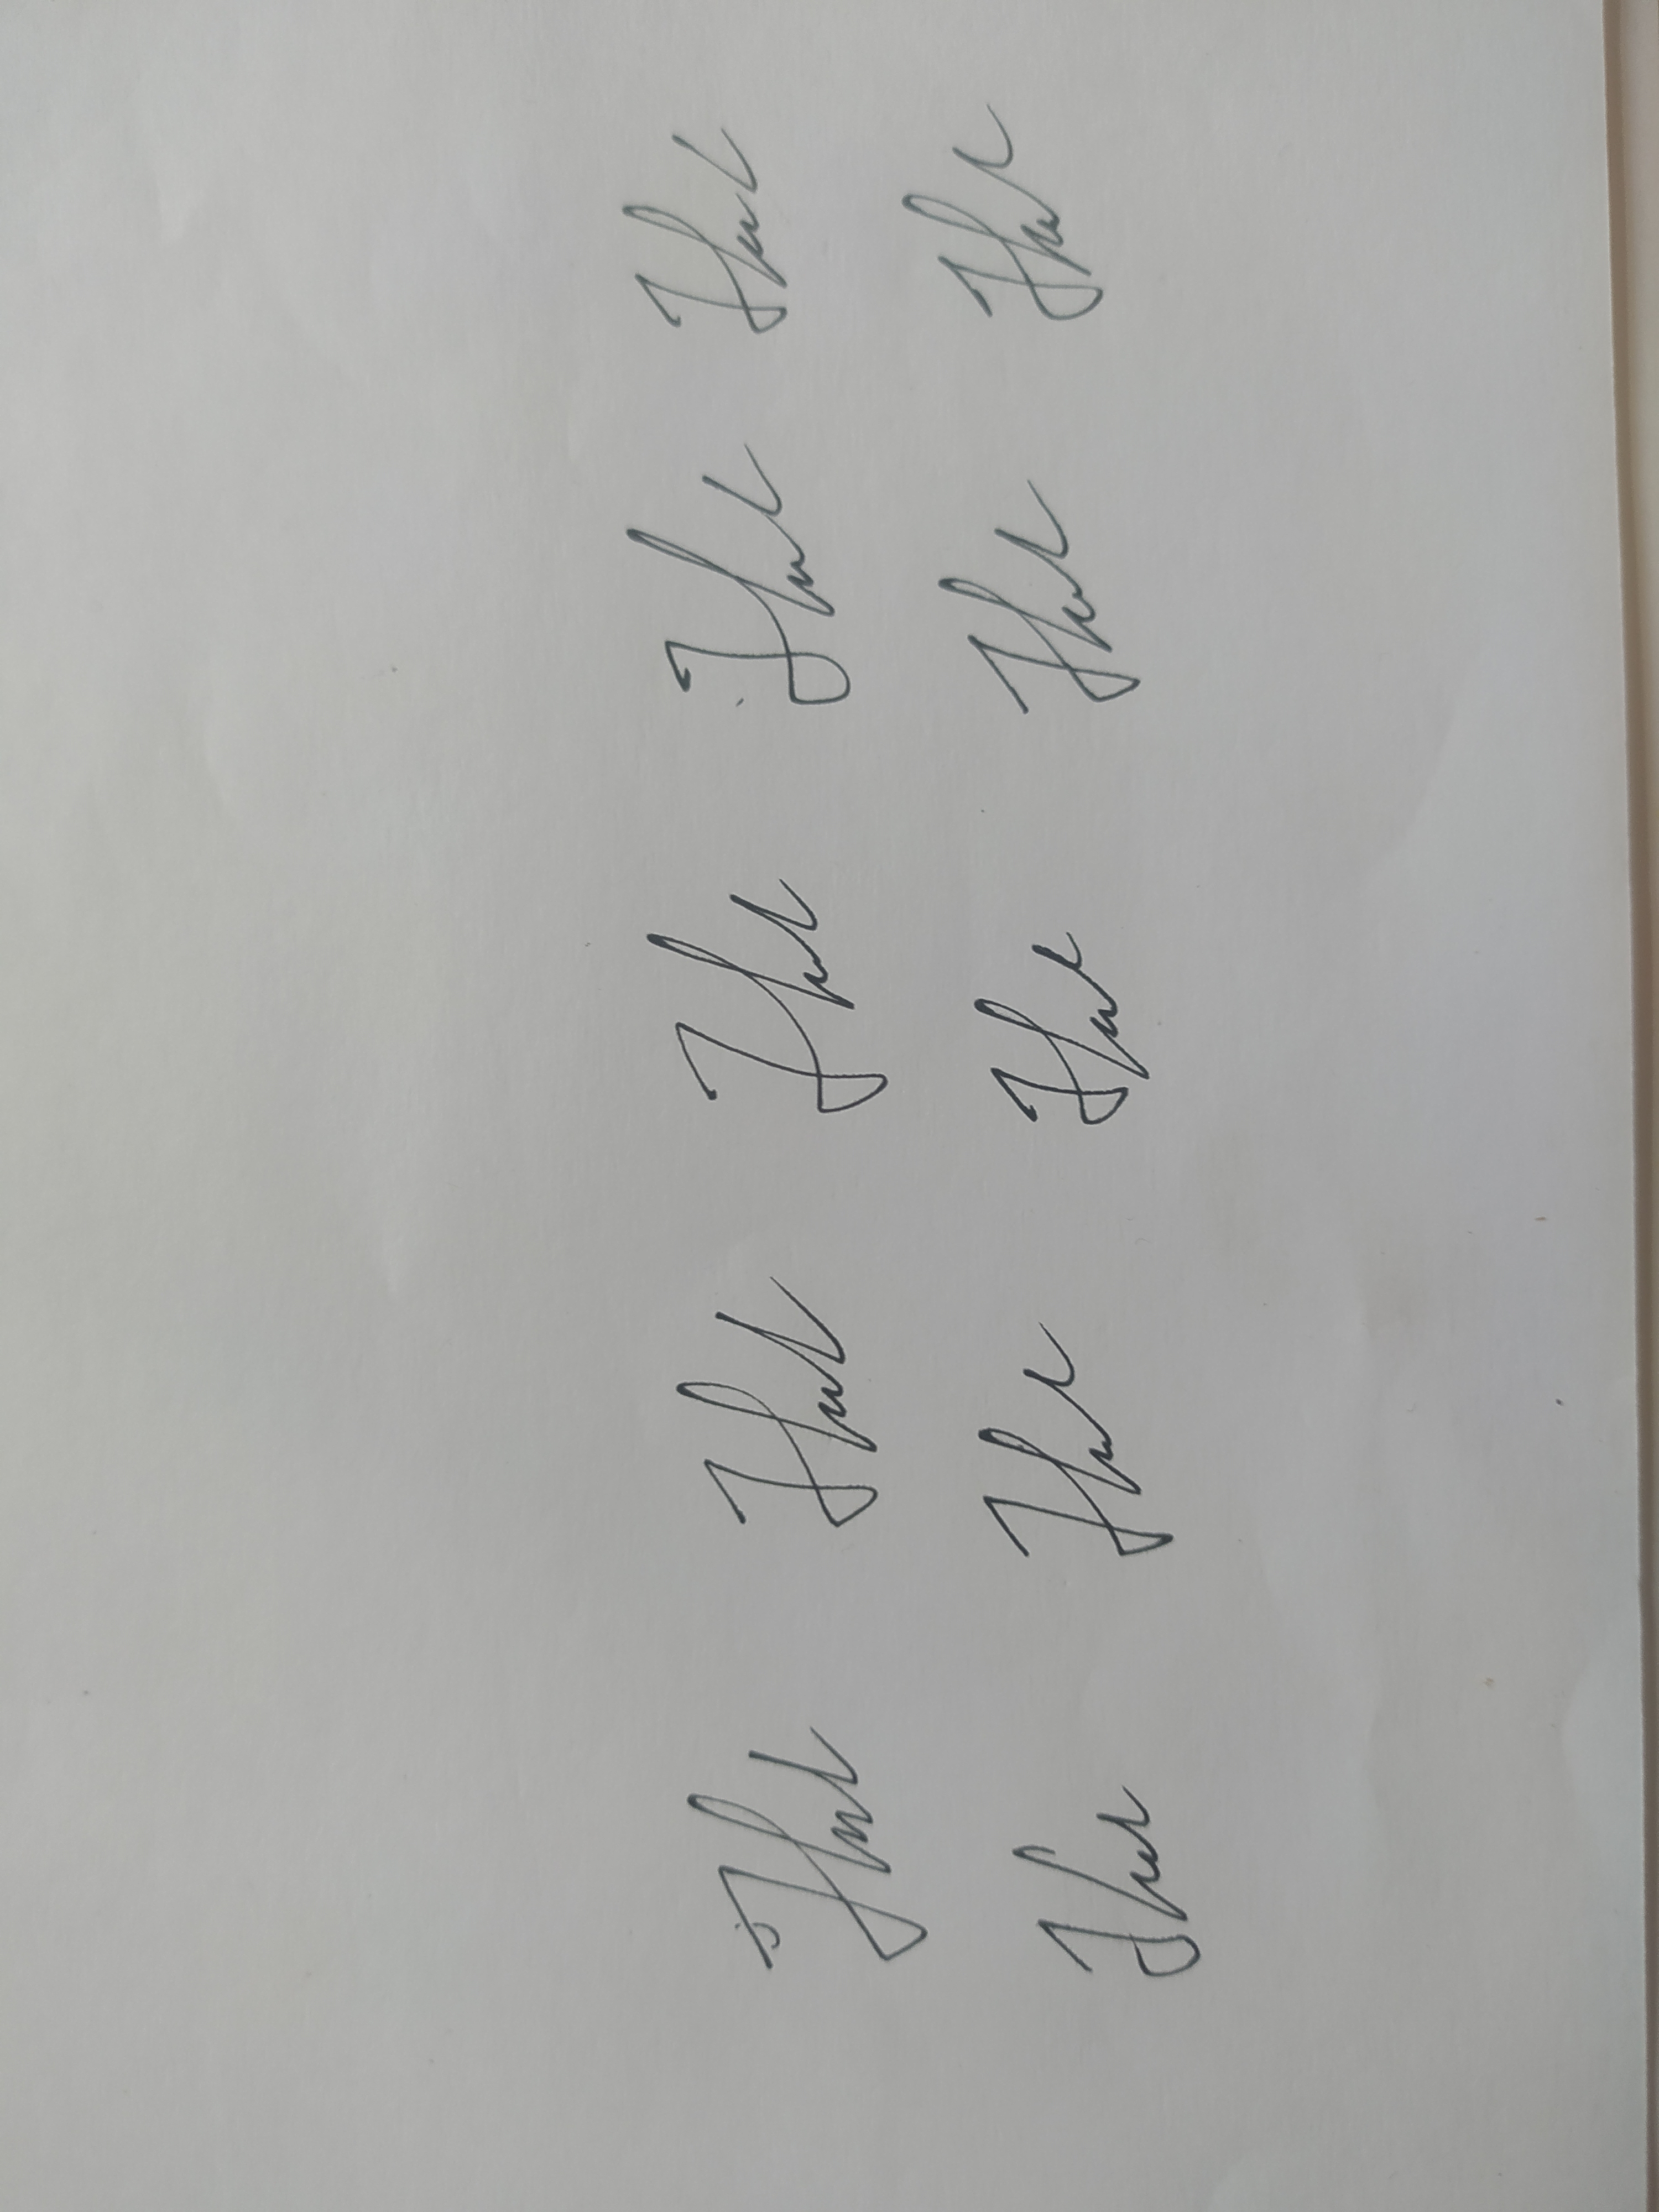
Signature authenticity: genuine